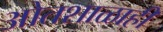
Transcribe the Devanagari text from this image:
ओतशाळाही